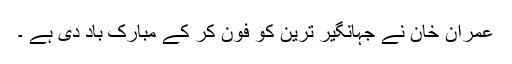
عمران خان نے جہانگیر ترین کو فون کر کے مبارک باد دی ہے ۔